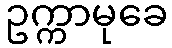
ဥက္ကာမုခေ